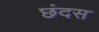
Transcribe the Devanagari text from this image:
छंदस